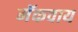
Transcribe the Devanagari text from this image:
मॅकवाय